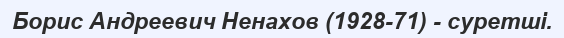
Борис Андреевич Ненахов (1928-71) - суретші.